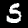
Digit: 5